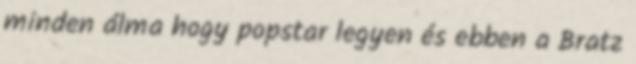
minden álma hogy popstar legyen és ebben a Bratz